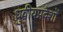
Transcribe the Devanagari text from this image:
ध्रुवीयप्रदेशों